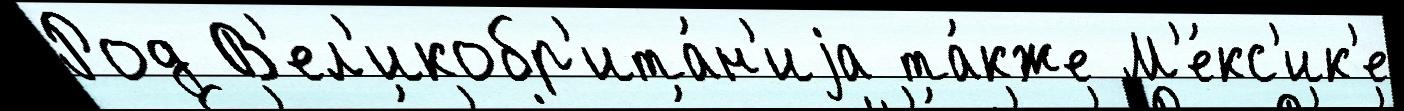
Род В'ел'икобр'ита́н'иjа та́кже М'е́кс'ик'е